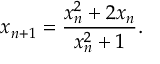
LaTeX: x _ { n + 1 } = { \frac { x _ { n } ^ { 2 } + 2 x _ { n } } { x _ { n } ^ { 2 } + 1 } } .